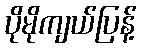
ပိုမိုကျယ်ပြန့်